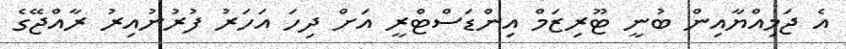
އެ ޖަމިއްޔާއިން ބުނީ ޓޫރިޒަމް އިންޑަސްޓްރީ އަށް ދިހަ އަހަރު ފުރުނުއިރު ރާއްޖޭގެ